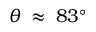
\theta \: \approx \: 8 3 ^ { \circ }